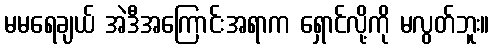
မမရေချယ် အဲဒီအကြောင်းအရာက ရှောင်လို့ကို မလွတ်ဘူး။